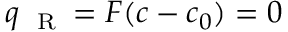
q _ { \mathrm { ~ \tiny ~ R ~ } } = F ( c - c _ { 0 } ) = 0